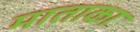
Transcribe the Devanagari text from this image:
माताका